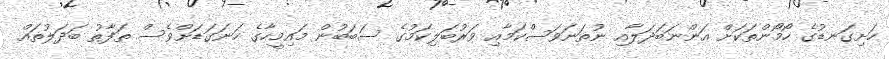
ހަށިގަނޑުގެ ހޯމޯންތަކަށް އަންނަބަދަލާއި ނުތަނަވަސްކަމާއި ވަރުބަލިކަމުގެ ސަބަބުން މައިމީހާގެ ހަނަގަޑަށްވެސް ތަފާތު ބަދަލުތައް